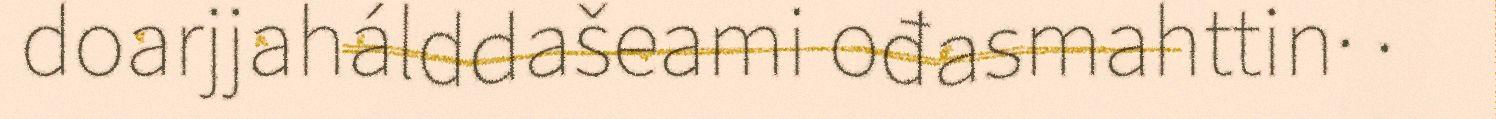
doarjjahálddašeami ođasmahttin· ·